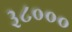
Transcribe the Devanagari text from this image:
३८०००